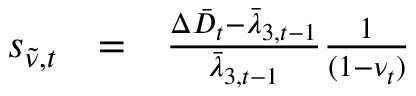
\begin{array} { r c l } { s _ { \tilde { \nu } , t } } & { = } & { \frac { \Delta \bar { D } _ { t } - \bar { \lambda } _ { 3 , t - 1 } } { \bar { \lambda } _ { 3 , t - 1 } } \frac { 1 } { ( 1 - \nu _ { t } ) } } \end{array}